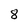
Character: 8